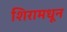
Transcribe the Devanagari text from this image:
शिरामधून